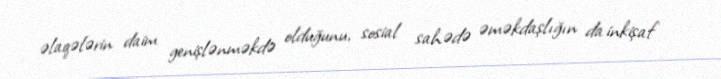
əlaqələrin daim genişlənməkdə olduğunu, sosial sahədə əməkdaşlığın da inkişaf